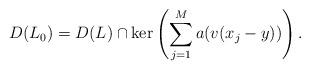
LaTeX: \begin{align*} D(L_0)=D(L) \cap \ker \left( \sum_{j=1}^M a(v(x_j-y)) \right).\end{align*}